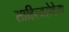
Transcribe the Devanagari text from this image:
साहित्यसेवेचा